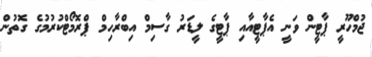
ޖުމްހޫރީ ޕާޓީން ވަނީ އެޕާޓީއާއި ޕާޓީގެ ލީޑަރު ގާސިމް އިބްރާހިމް ޕްރޮމޯޓްކުރުމުގެ ގޮތުން